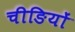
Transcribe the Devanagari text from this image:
चीङियों